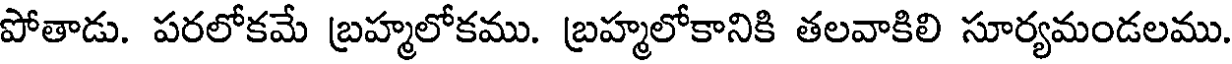
పోతాడు. పరలోకమే బ్రహ్మలోకము. బ్రహ్మలోకానికి తలవాకిలి సూర్యమండలము.